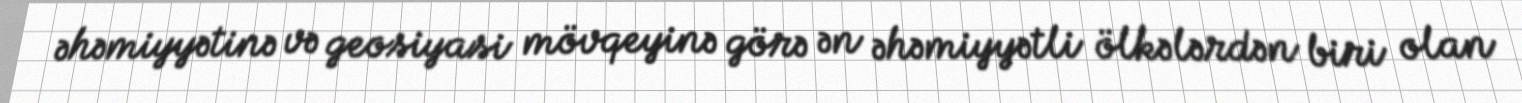
əhəmiyyətinə və geosiyasi mövqeyinə görə ən əhəmiyyətli ölkələrdən biri olan